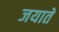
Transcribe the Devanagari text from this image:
जयातें